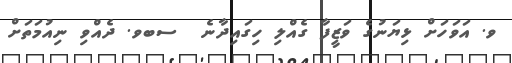
ވ. އަވަހަށް ޅިޔަނުގެ ވަޒީފާ ގެއްލި ހިގައިދާނެ  ސބވ. ދެއްވި ނިއުމަތަށް